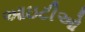
આઇટીઓ